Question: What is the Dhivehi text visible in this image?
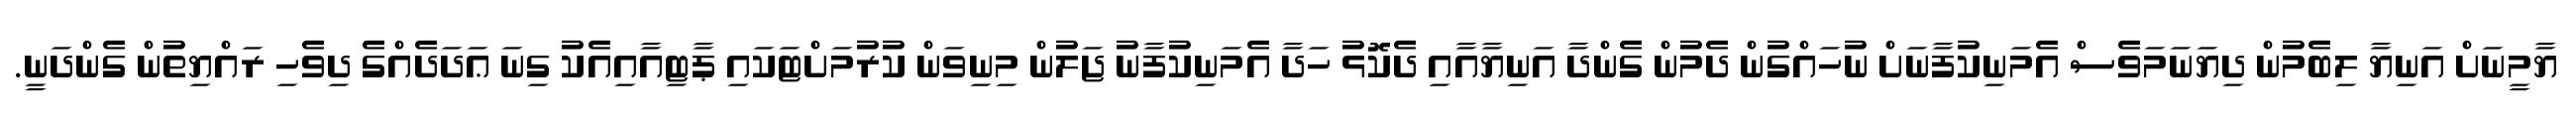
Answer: ޔާމީނަށް އަނިޔާ ލިބެމުން ދިޔަނަމަވެސް އެމަނިކުފާނަށް ނުހައްގުން ދެމުން ގެންދާ އަނިޔާއާއި ދެކޮޅު ހަދާ އެމަނިކުފާނު ޖަލުން މިނިވަން ކުރުމަށްޓަކައި ޕާޓިއާއިއެކު ގިނަ ޢަދަދެއްގެ ދިވެހި ރައްޔިތުން ގެންދަނީ.